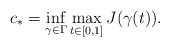
\begin{align*} c_*=\inf_{\gamma\in \Gamma}\max_{t\in[0,1]}J(\gamma(t)). \end{align*}